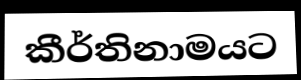
කීර්තිනාමයට